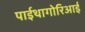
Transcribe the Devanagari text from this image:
पाईथागोरिआई